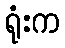
ရုံးက